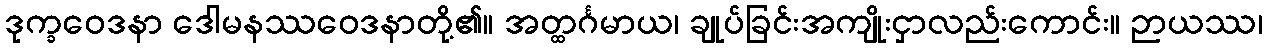
ဒုက္ခဝေဒနာ ဒေါမနဿဝေဒနာတို့၏။ အတ္ထင်္ဂမာယ၊ ချုပ်ခြင်းအကျိုးငှာလည်းကောင်း။ ဉာယဿ၊